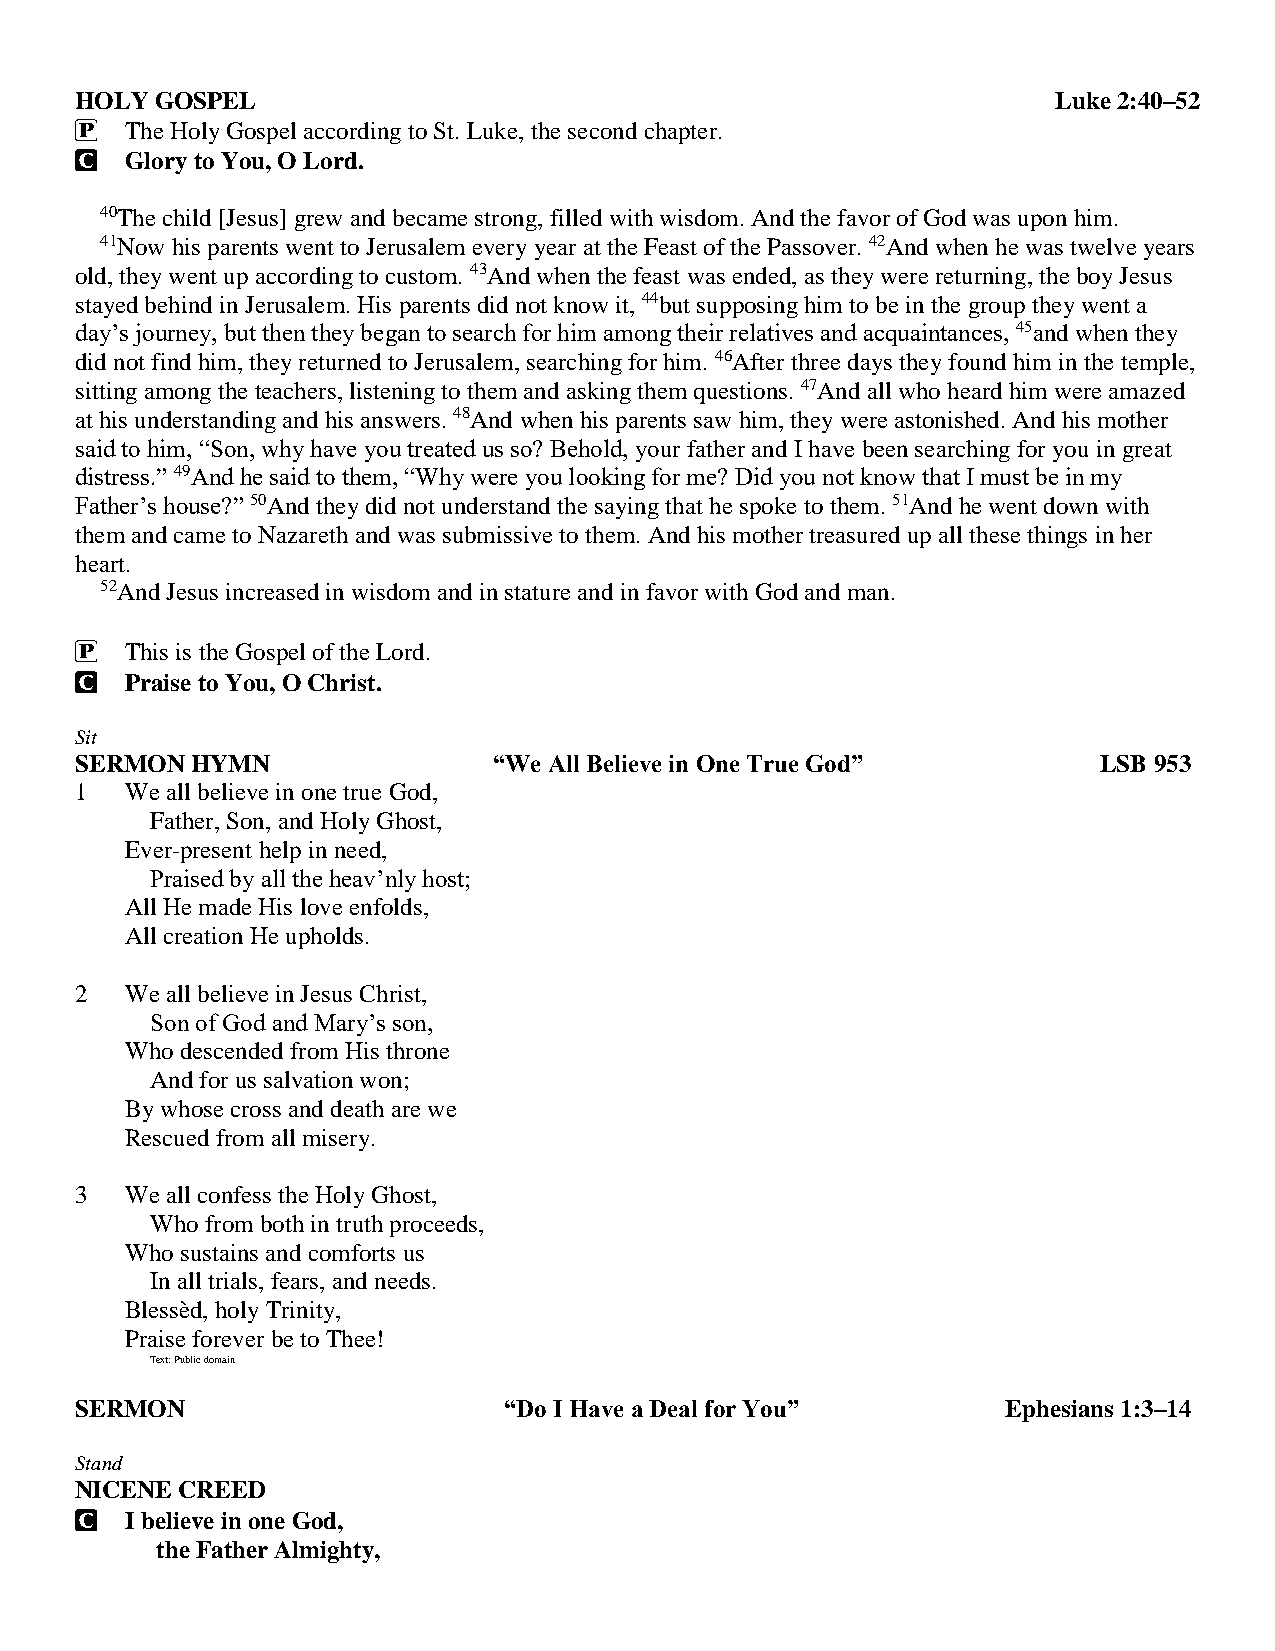
HOLY GOSPEL                                                      Luke 2:40–52
 P  The Holy Gospel according to St. Luke, the second chapter.
 C  Glory to You, O Lord.
 40The child [Jesus] grew and became strong, filled with wisdom. And the favor of God was upon him.
 41Now his parents went to Jerusalem every year at the Feast of the Passover. 42And when he was twelve years
 old, they went up according to custom. 43And when the feast was ended, as they were returning, the boy Jesus
 stayed behind in Jerusalem. His parents did not know it, 44but supposing him to be in the group they went a
 day’s journey, but then they began to search for him among their relatives and acquaintances, 45and when they
 did not find him, they returned to Jerusalem, searching for him. 46After three days they found him in the temple,
 sitting among the teachers, listening to them and asking them questions. 47And all who heard him were amazed
 at his understanding and his answers. 48And when his parents saw him, they were astonished. And his mother
 said to him, “Son, why have you treated us so? Behold, your father and I have been searching for you in great
 distress.” 49And he said to them, “Why were you looking for me? Did you not know that I must be in my
 Father’s house?” 50And they did not understand the saying that he spoke to them. 51And he went down with
 them and came to Nazareth and was submissive to them. And his mother treasured up all these things in her
 heart.
 52And Jesus increased in wisdom and in stature and in favor with God and man.
 P  This is the Gospel of the Lord.
 C  Praise to You, O Christ.
 Sit
 SERMON  HYMN                “We All Believe in One True God”        LSB 953
 1  We all believe in one true God,
 Father, Son, and Holy Ghost,
 Ever-present help in need,
 Praised by all the heav’nly host;
 All He made His love enfolds,
 All creation He upholds.
 2  We all believe in Jesus Christ,
 Son of God and Mary’s son,
 Who descended from His throne
 And for us salvation won;
 By whose cross and death are we
 Rescued from all misery.
 3  We all confess the Holy Ghost,
 Who from both in truth proceeds,
 Who sustains and comforts us
 In all trials, fears, and needs.
 Blessèd, holy Trinity,
 Praise forever be to Thee!
 Text: Public domain
 SERMON                      “Do I Have a Deal for You”        Ephesians 1:3–14
 Stand
 NICENE CREED
 C  I believe in one God,
 the Father Almighty,